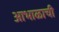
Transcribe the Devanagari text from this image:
आभाळाची